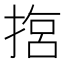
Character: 𢰈